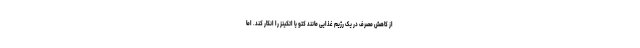
از کاهش مصرف در یک رژیم غذایی مانند کتو یا اتکینز را انکار کند. اما